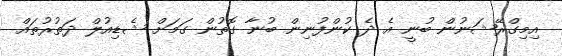
އިމިގްރޭޝަނުން ބުނީ އެ ދެ ކުންފުނިން ބުނާ ގޮތުން ގަމަށް ޝެޑިއުލް ދަތުރުތައް